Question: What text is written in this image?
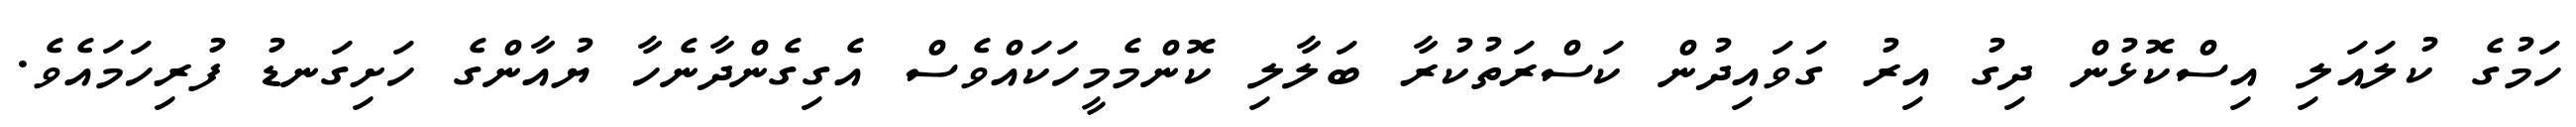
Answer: ހަމުގެ ކުލައަލި އިސްކޮޅުން ދިގު އިރު ގަވައިދުން ކަސްރަތުކުރާ ބަލާލި ކޮންމެމީހަކައްވެސް އެގިގެންދާނެހާ ޔުއާންގެ ހަށިގަނޑު ފުރިހަމައެވެ.